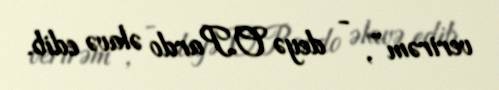
verirəm”, - deyə O.Pardo əlavə edib.